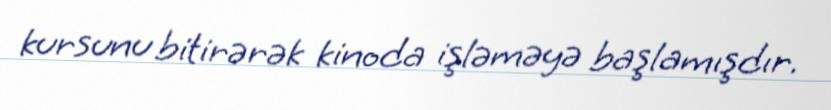
kursunu bitirərək kinoda işləməyə başlamışdır.